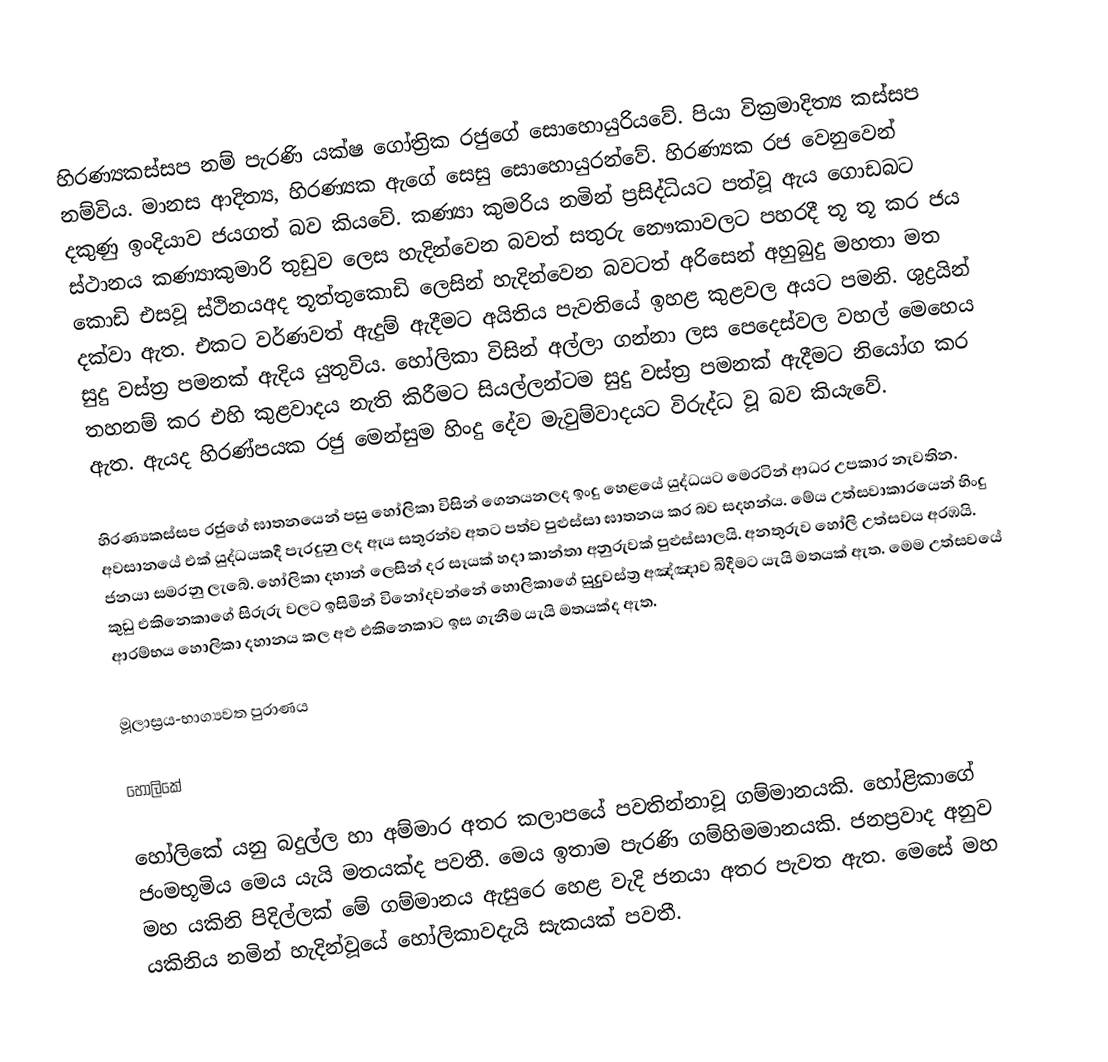
හිරණ්‍යකස්සප නම් පැරණි යක්ෂ ගෝත්‍රික රජුගේ සොහොයුරියවේ. පියා වික්‍රමාදිත්‍ය කස්සප නම්විය. මානස ආදිත්‍ය, හිරණ්‍යක ඇගේ සෙසු සොහොයුරන්වේ.  හිරණ්‍යක රජ වෙනුවෙන් දකුණු ඉංදියාව ජයගත් බව කියවේ. කණ්‍යා කුමරිය නමින්  ප්‍රසිද්ධියට පත්වූ ඇය ගොඩබට ස්ථානය කණ්‍යාකුමාරි තුඩුව ලෙස හැදින්වෙන බවත් සතුරු නෞකාවලට පහරදී තූ තූ කර ජය කොඩි එසවූ ස්ථිනයඅද තූත්තුකොඩි ලෙසින් හැදින්වෙන බවටත් අරිසෙන් අහුබුදු මහතා මත දක්වා ඇත. එකට වර්ණවත් ඇදුම් ඇදීමට අයිතිය පැවතියේ ඉහළ කුළවල අයට පමනි. ශුද්‍රයින් සුදු වස්ත්‍ර පමනක් ඇදිය යුතුවිය. හෝලිකා විසින් අල්ලා ගන්නා ලස පෙදෙස්වල වහල් මෙහෙය තහනම් කර  එහි කුළවාදය නැති කිරීමට සියල්ලන්ටම සුදු වස්ත්‍ර පමනක් ඇදීමට නියෝග කර ඇත. ඇයද හිරණ්ප‍යක රජු මෙන්සුම හිංදු දේව මැවුම්වාදයට විරුද්ධ වූ බව කියැවේ.

හිරණ්‍යකස්සප රජුගේ ඝාතනයෙන් පසු හෝලිකා විසින් ගෙනයනලද ඉංදු හෙළයේ යුද්ධයට මෙරටින් ආධර උපකාර නැවතින. අවසානයේ එක් යුද්ධයකදී පැරදුනු ලද ඇය සතුරන්ව අතට පත්ව පුළුස්සා ඝාතනය කර බව සදහන්ය. මේය උත්සවාකාරයෙන් හිංදු ජනයා සමරනු ලැබේ. හෝලිකා දහාන් ලෙසින් දර සෑයක් හදා කාන්තා අනුරුවක් පුළුස්සාලයි. අනතුරුව හෝලි උත්සවය අරඹයි. කුඩු එකිනෙකාගේ සිරුරු වලට ඉසිමින් විනෝදවන්නේ හොලිකාගේ සුදුුවස්ත්‍ර අඤ්ඤාව බිදීමට යැයි මතයක් ඇත. මෙම උත්සවයේ ආරම්භය හොලිකා දහානය කල අළු එකිනෙකාට ඉස ගැනීම යැයි මතයක්ද ඇත.

මූලාස්‍රය-භාග්‍යවත පුරාණය

හෝලිකේ

හෝලිකේ යනු බදුල්ල හා අම්මාර අතර කලාපයේ පවතින්නාවූ ගම්මානයකි. හෝළිකාගේ ජංමභූමිය මෙය යැයි මතයක්ද පවතී. මෙය ඉතාම පැරණි ගම්හිමමානයකි.  ජනප්‍රවාද අනුව මහ යකිනි පිදිල්ලක් මේ ගම්මානය ඇසුරෙ හෙළ වැදි ජනයා අතර පැවත ඇත. මෙසේ මහ යකිනිය නමින් හැදින්වූයේ හෝලිකාවදැයි සැකයක් පවතී.